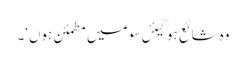
وہ شائع ہوگیئں سو میں مطمئن ہوں‘۔